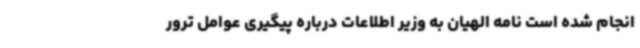
انجام شده است نامه الهیان به وزیر اطلاعات درباره پیگیری عوامل ترور